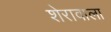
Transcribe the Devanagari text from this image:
शेरावाला